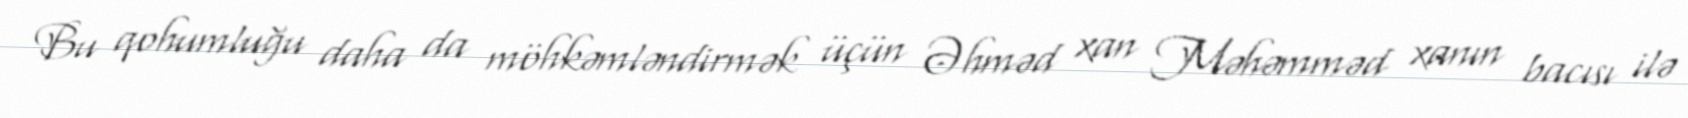
Bu qohumluğu daha da möhkəmləndirmək üçün Əhməd xan Məhəmməd xanın bacısı ilə